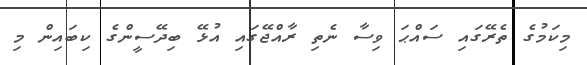
މިކަމުގެ ތެރޭގައި ސައްޙަ ވިސާ ނެތި ރާއްޖޭގައި އުޅޭ ބިދޭސީންގެ ކިބައިން މި